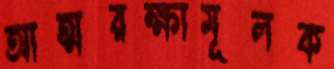
আত্মরক্ষামূলক